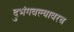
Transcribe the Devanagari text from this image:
दुभंगवल्यावरच